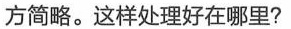
方简略。这样处理好在哪里？